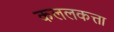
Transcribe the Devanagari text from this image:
कललकत्ता